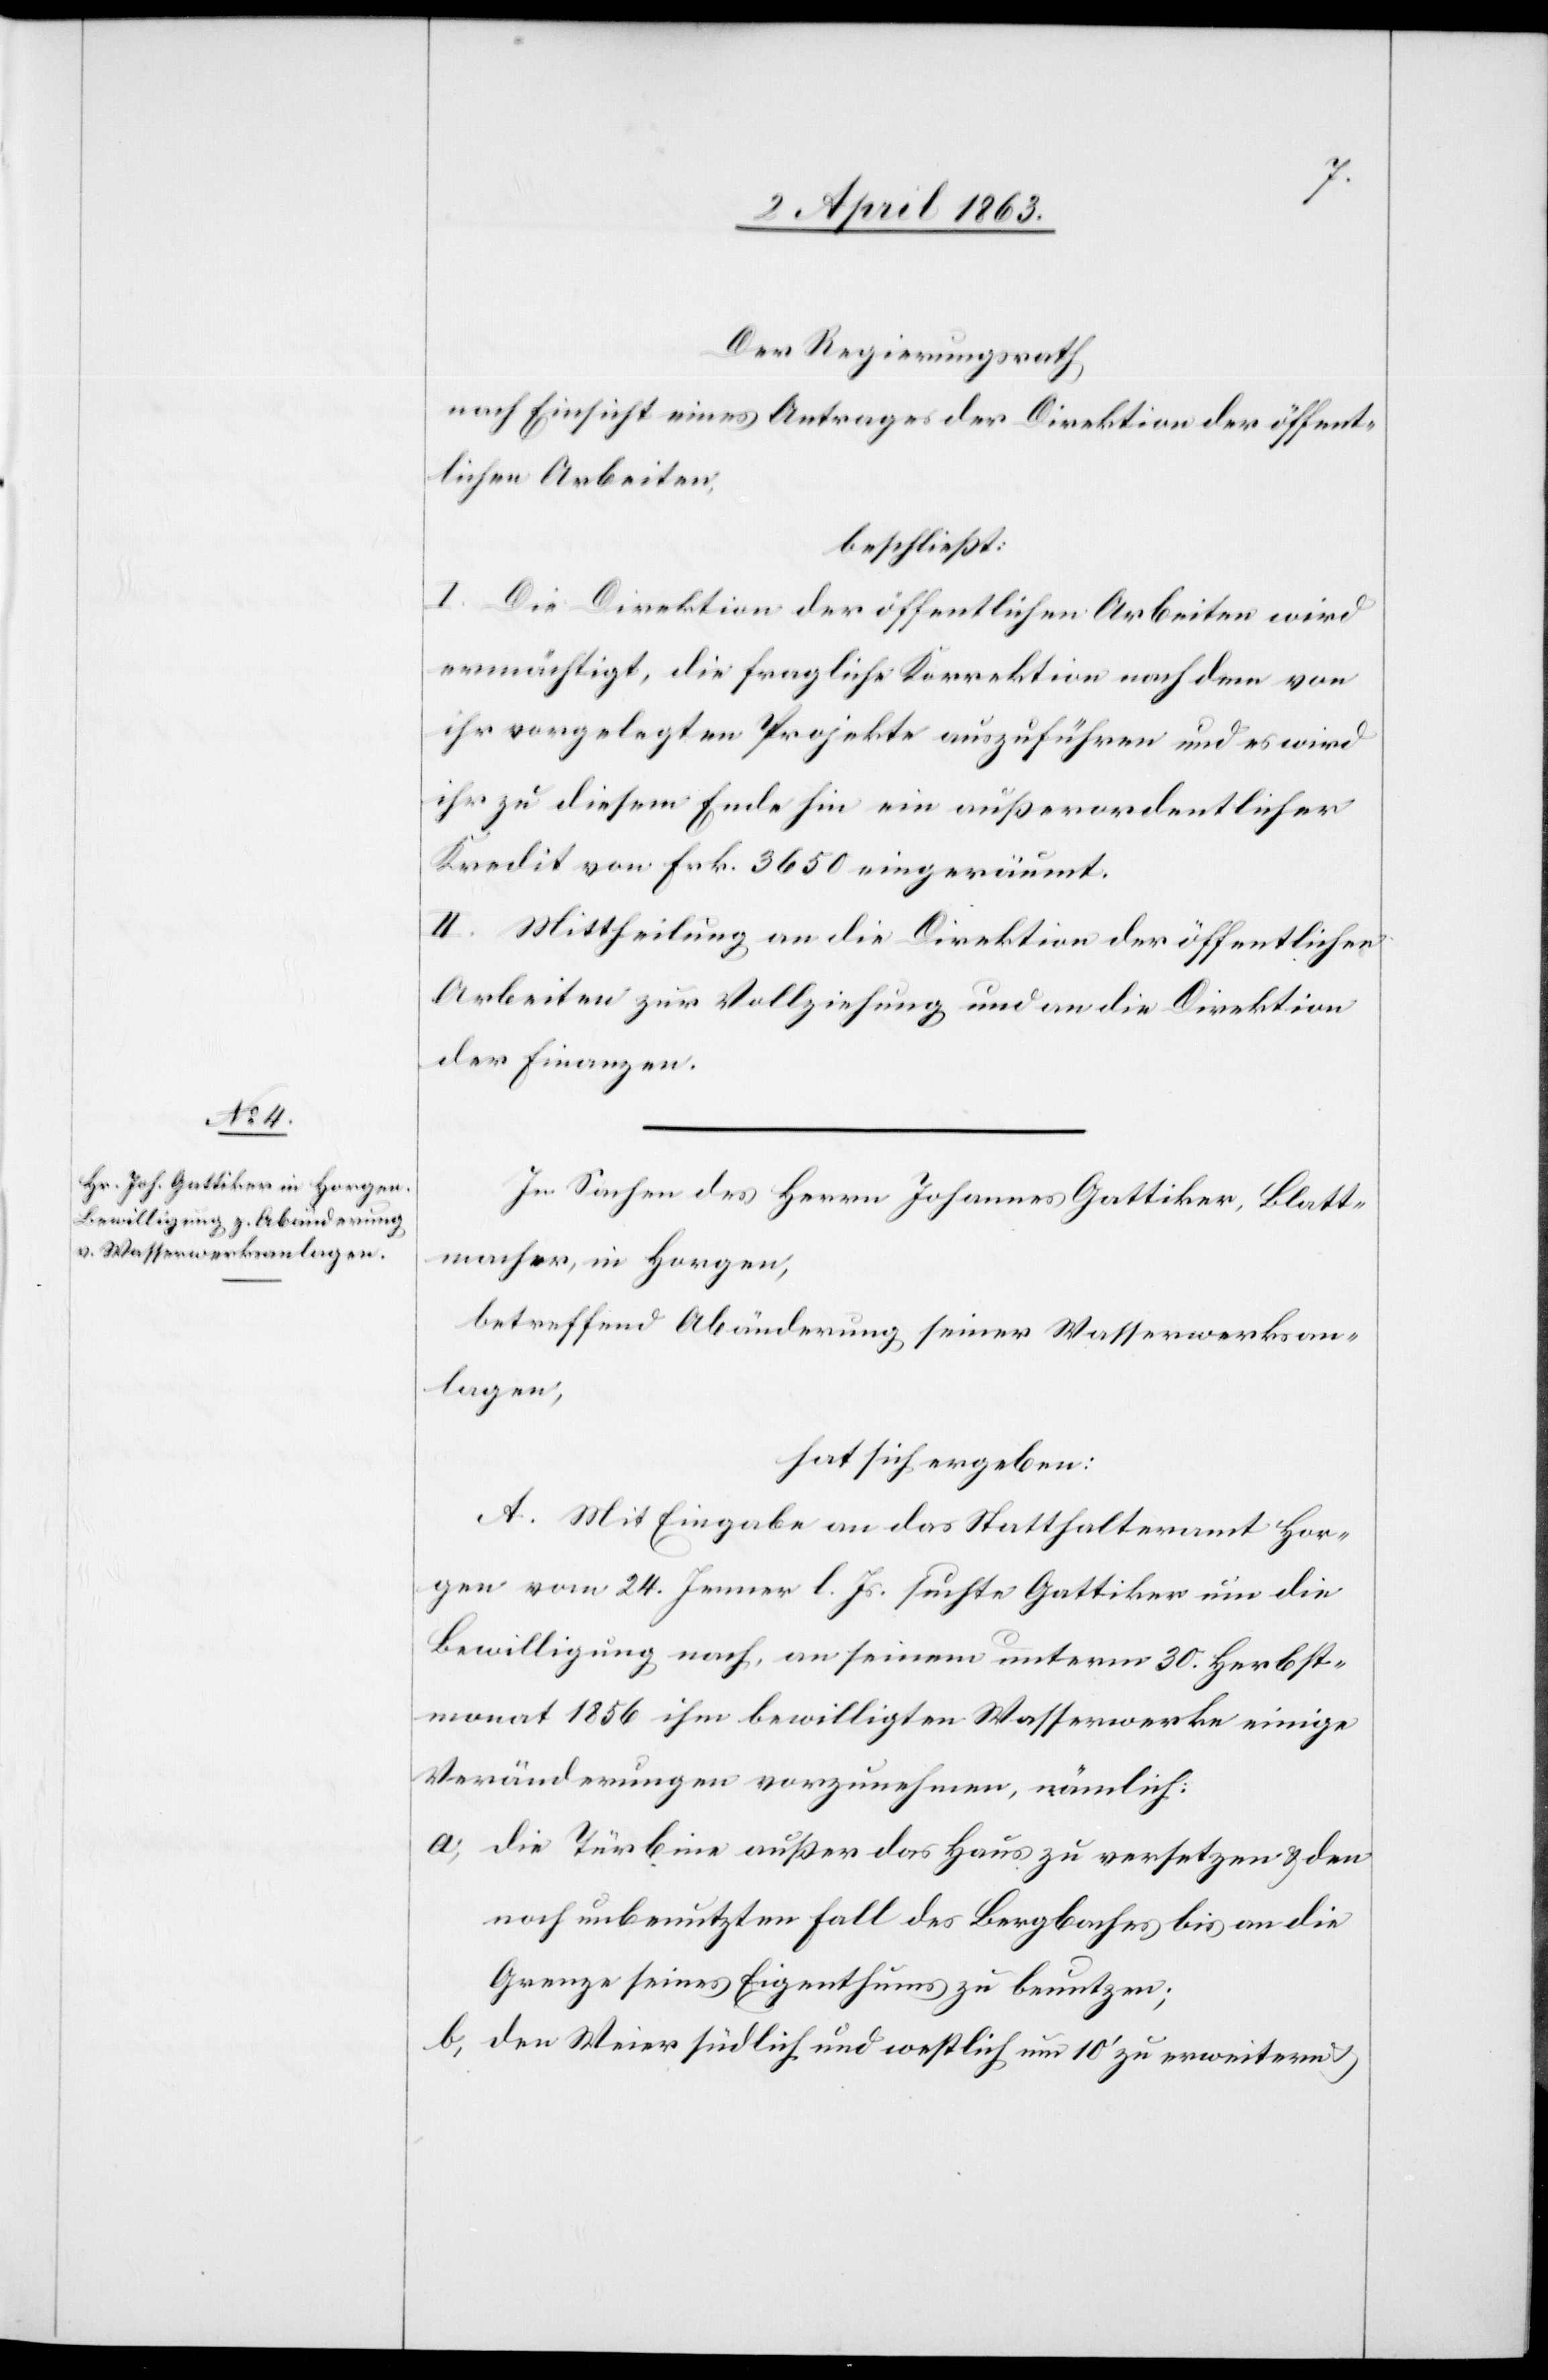
Der Regierungsrath,
nach Einsicht eines Antrages der Direktion der öffent¬
lichen Arbeiten:
beschließt:
I. Die Direktion der öffentlichen Arbeiten wird
ermächtigt, die fragliche Korrektion nach dem von
ihr vorgelegten Projekte auszuführen und es wird
ihr zu diesem Ende hin ein außerordentlicher
Kredit von Frk. 3650 eingeräumt.
II. Mittheilung an die Direktion der öffentlichen
Arbeiten zur Vollziehung und an die Direktion
der Finanzen.
In Sachen des Herrn Johannes Gattiker, Blatt¬
macher, in Horgen,
betreffend Abänderung seiner Wasserwerksan¬
lagen,
hat sich ergeben:
A. Mit Eingabe an das Statthalteramt Hor¬
gen vom 24. Jenner l. Js. suchte Gattiker um die
Bewilligung nach, an seinem unterm 30. Herbst¬
monat 1856 ihm bewilligten Wasserwerke einige
Veränderungen vorzunehmen, nämlich:
a) die Türbine außer das Haus zu versetzen & den
noch unbenutzten Fall des Bergbaches bis an die
Grenze seines Eigenthums zu benutzen;
b) den Weier südlich und westlich um 10' zu erweitern &